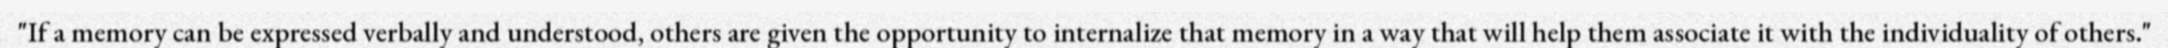
"If a memory can be expressed verbally and understood, others are given the opportunity to internalize that memory in a way that will help them associate it with the individuality of others."